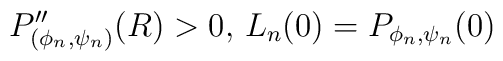
P''_{(\phi_n,\psi_n)}(R)>0, \, L_n(0)=P_{\phi_n,\psi_n}(0)